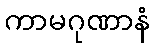
ကာမဂုဏာနံ